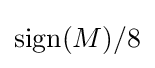
\operatorname {sign} (M)/8